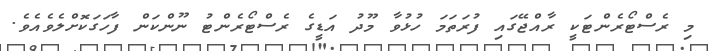
މި ރެސްޓޯރެންޓަކީ ރާއްޖޭގައި ފުރަތަމަ ހުޅުވާ މޫދު އަޑީގެ ރެސްޓޯރެންޓު ނޫންކަން ފާހަގަކޮށްލެވެއެވެ.